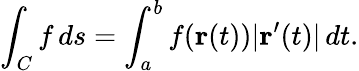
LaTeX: \int_{C}f\, ds=\int_{a}^{b}f(\mathbf{r}(t))|\mathbf{r}^{\prime}(t)|\, dt.